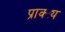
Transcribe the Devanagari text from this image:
प्राक्ट्य